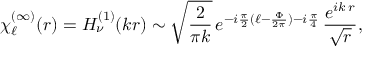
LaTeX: \chi _ { \ell } ^ { ( \infty ) } ( r ) = H _ { \nu } ^ { ( 1 ) } ( k r ) \sim \sqrt { \frac { 2 } { \pi k } } \, e ^ { - i \frac { \pi } { 2 } ( \ell - \frac { \Phi } { 2 \pi } ) - i \frac { \pi } { 4 } } \, \frac { e ^ { i k \, r } } { \sqrt { r } } ,